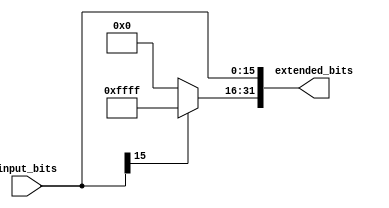
module signextender(
	output reg [31:0] extended_bits
	, input [15:0] input_bits);
  
	always @(input_bits) begin
   		extended_bits[15:0] <= input_bits[15:0];
		if(input_bits[15] == 1) begin
          extended_bits[31:16] = 16'b1111111111111111;		
		end
		else begin
          extended_bits[31:16] = 16'b0;
		end
	end
endmodule